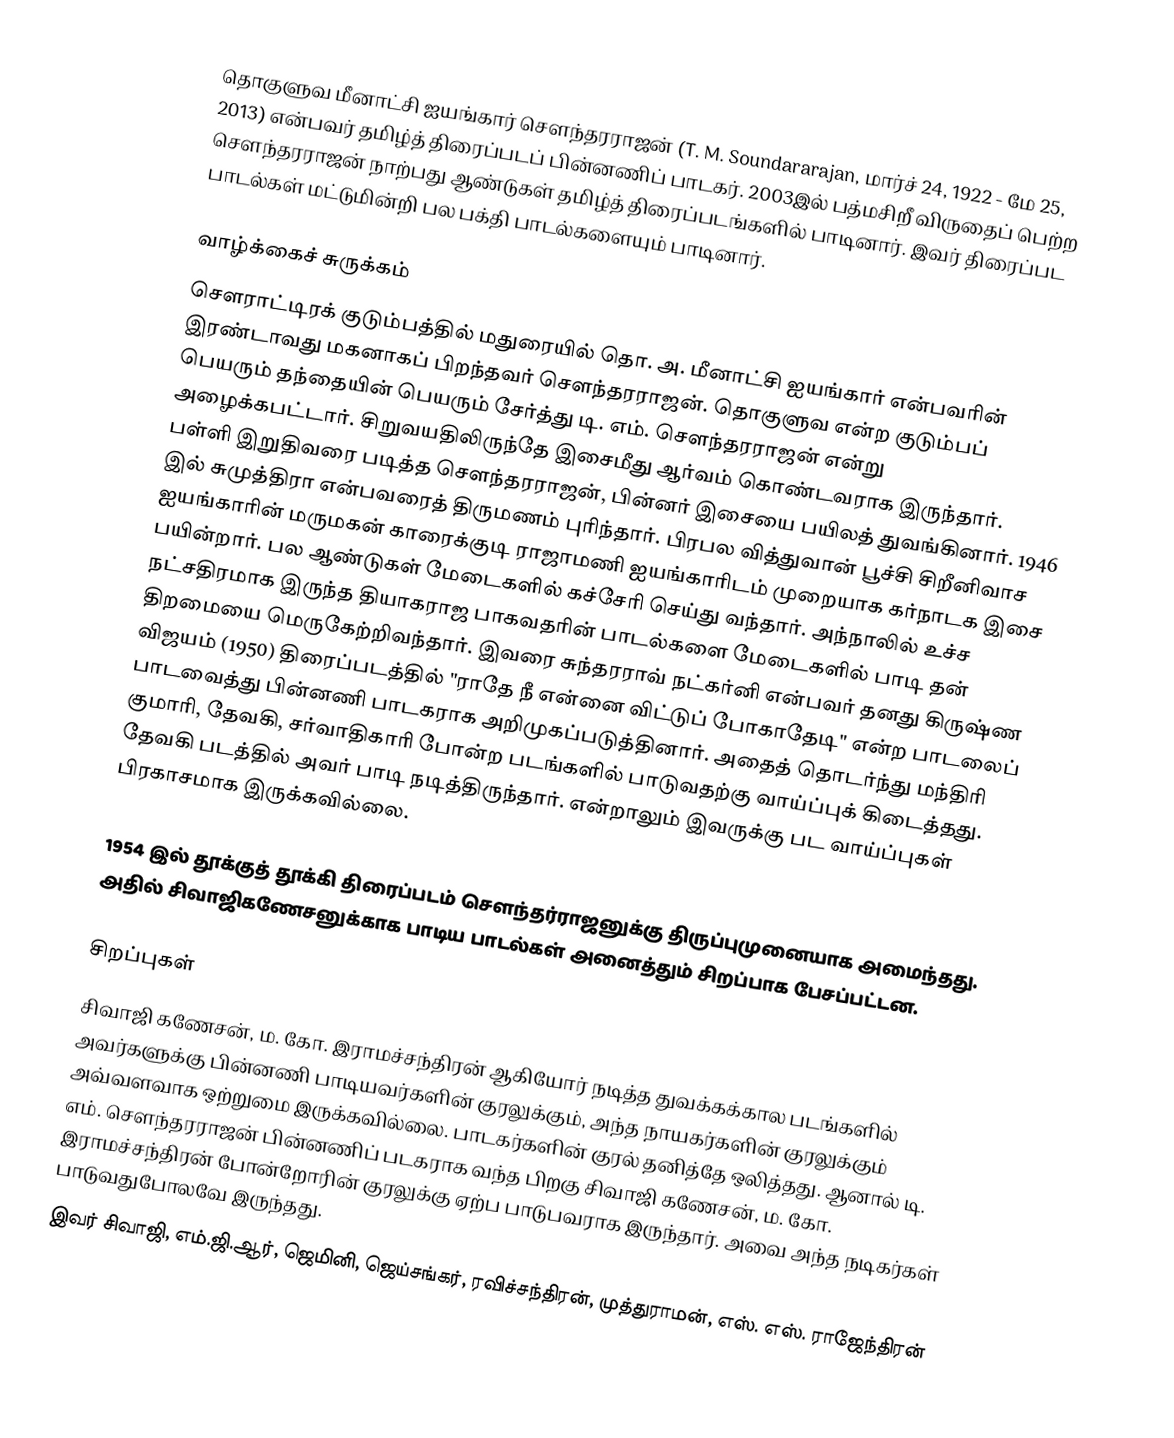
தொகுளுவ மீனாட்சி ஐயங்கார் சௌந்தரராஜன் (T. M. Soundararajan, மார்ச் 24, 1922 - மே 25, 2013) என்பவர் தமிழ்த் திரைப்படப் பின்னணிப் பாடகர். 2003இல் பத்மசிறீ விருதைப் பெற்ற சௌந்தரராஜன் நாற்பது ஆண்டுகள் தமிழ்த் திரைப்படங்களில் பாடினார். இவர் திரைப்பட பாடல்கள் மட்டுமின்றி பல பக்தி பாடல்களையும் பாடினார்.

வாழ்க்கைச் சுருக்கம்
சௌராட்டிரக் குடும்பத்தில் மதுரையில் தொ. அ. மீனாட்சி ஐயங்கார் என்பவரின் இரண்டாவது மகனாகப் பிறந்தவர் சௌந்தரராஜன். தொகுளுவ என்ற குடும்பப் பெயரும் தந்தையின் பெயரும் சேர்த்து டி. எம். சௌந்தரராஜன் என்று அழைக்கபட்டார். சிறுவயதிலிருந்தே இசைமீது ஆர்வம் கொண்டவராக இருந்தார். பள்ளி இறுதிவரை படித்த சௌந்தரராஜன், பின்னர் இசையை பயிலத் துவங்கினார். 1946 இல் சுமுத்திரா என்பவரைத் திருமணம் புரிந்தார். பிரபல வித்துவான் பூச்சி சிறீனிவாச ஐயங்காரின் மருமகன் காரைக்குடி ராஜாமணி ஐயங்காரிடம் முறையாக கர்நாடக இசை பயின்றார். பல ஆண்டுகள் மேடைகளில் கச்சேரி செய்து வந்தார். அந்நாலில் உச்ச நட்சதிரமாக இருந்த தியாகராஜ பாகவதரின் பாடல்களை மேடைகளில் பாடி தன் திறமையை மெருகேற்றிவந்தார். இவரை சுந்தரராவ் நட்கர்னி என்பவர் தனது கிருஷ்ண விஜயம் (1950) திரைப்படத்தில் "ராதே நீ என்னை விட்டுப் போகாதேடி" என்ற பாடலைப் பாடவைத்து பின்னணி பாடகராக அறிமுகப்படுத்தினார்.  அதைத் தொடர்ந்து மந்திரி குமாரி, தேவகி, சர்வாதிகாரி போன்ற படங்களில் பாடுவதற்கு வாய்ப்புக் கிடைத்தது. தேவகி படத்தில் அவர் பாடி நடித்திருந்தார். என்றாலும் இவருக்கு பட வாய்ப்புகள் பிரகாசமாக இருக்கவில்லை.

1954 இல் தூக்குத் தூக்கி திரைப்படம் சௌந்தர்ராஜனுக்கு திருப்புமுனையாக அமைந்தது. அதில் சிவாஜிகணேசனுக்காக பாடிய பாடல்கள் அனைத்தும் சிறப்பாக பேசப்பட்டன.

சிறப்புகள்
சிவாஜி கணேசன், ம. கோ. இராமச்சந்திரன் ஆகியோர் நடித்த துவக்கக்கால படங்களில் அவர்களுக்கு பின்னணி பாடியவர்களின் குரலுக்கும், அந்த நாயகர்களின் குரலுக்கும் அவ்வளவாக ஒற்றுமை இருக்கவில்லை. பாடகர்களின் குரல் தனித்தே ஒலித்தது. ஆனால் டி. எம். சௌந்தரராஜன் பின்னணிப் படகராக வந்த பிறகு சிவாஜி கணேசன், ம. கோ. இராமச்சந்திரன் போன்றோரின் குரலுக்கு ஏற்ப பாடுபவராக இருந்தார். அவை அந்த நடிகர்கள் பாடுவதுபோலவே இருந்தது.
இவர் சிவாஜி, எம்.ஜி.ஆர், ஜெமினி, ஜெய்சங்கர், ரவிச்சந்திரன், முத்துராமன், எஸ். எஸ். ராஜேந்திரன்